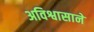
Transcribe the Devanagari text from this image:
अविश्वासाने